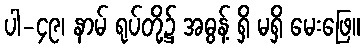
ပါ-၄၉၊ နာမ် ရုပ်တို့၌ အဓွန့် ရှိ မရှိ မေးဖြေ။